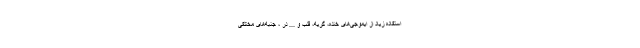
استفاده زیاد از ایموجی‌های خنده، گریه، قلب و ...‌ در ، جنبه‌های مختلفی